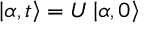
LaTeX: \left| \alpha , t \right\rangle = U \left| \alpha , 0 \right\rangle